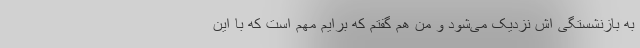
به بازنشستگی اش نزدیک می‌شود و من هم گفتم که برایم مهم است که با این